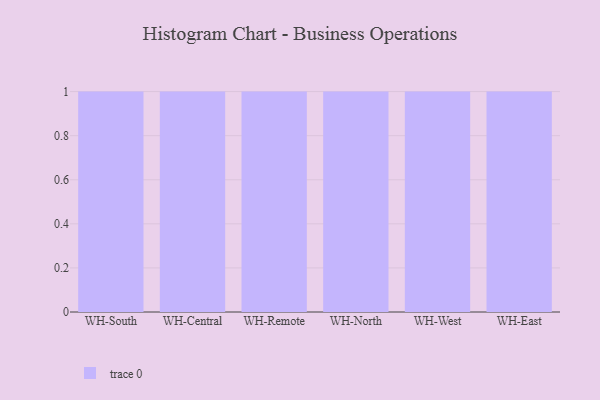
{"axis": {"x": "Warehouse", "y": "Headcount"}, "legend": [""], "data": [{"x": "WH-South", "y": 42, "type": ""}, {"x": "WH-Central", "y": 25, "type": ""}, {"x": "WH-Remote", "y": 52, "type": ""}, {"x": "WH-North", "y": 75, "type": ""}, {"x": "WH-West", "y": 5, "type": ""}, {"x": "WH-East", "y": 43, "type": ""}]}